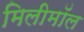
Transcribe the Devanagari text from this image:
मिलीमॉल